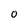
Character: O